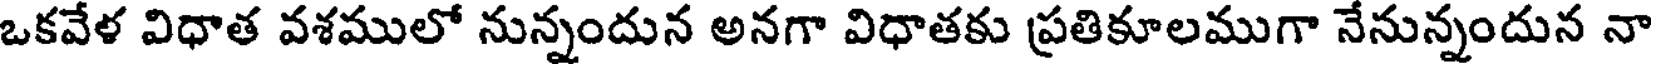
ఒకవేళ విధాత వశములో నున్నందున అనగా విధాతకు ప్రతికూలముగా నేనున్నందున నా